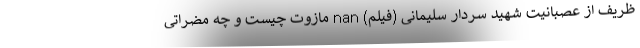
ظریف از عصبانیت شهید سردار سلیمانی (فیلم) nan مازوت چیست و چه مضراتی